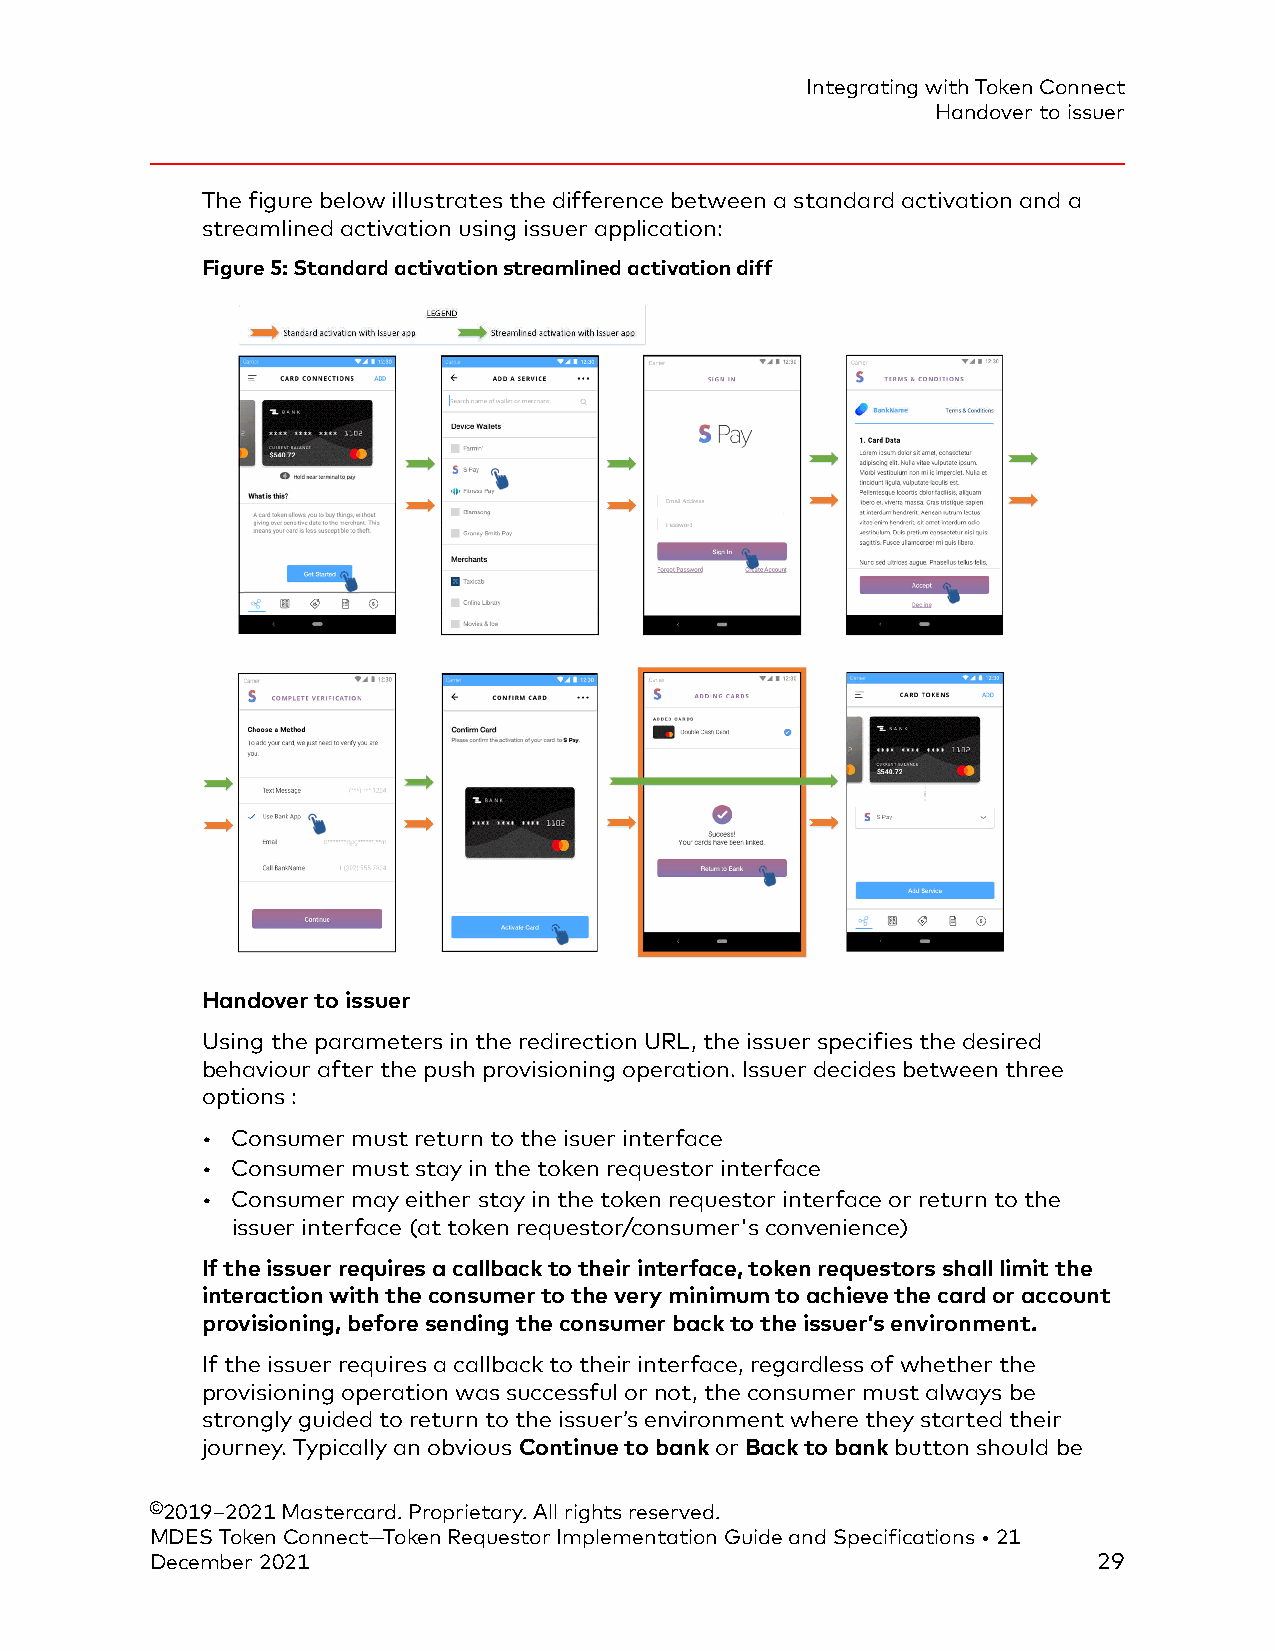
Integrating with Token Connect
 Handover to issuer
 The figure below illustrates the difference between a standard activation and a
 streamlined activation using issuer application:
 Figure 5: Standard activation streamlined activation diff
 Handover to issuer
 Using the parameters in the redirection URL, the issuer specifies the desired
 behaviour after the push provisioning operation. Issuer decides between three
 options :
 • Consumer must return to the isuer interface
 • Consumer must stay in the token requestor interface
 • Consumer may either stay in the token requestor interface or return to the
 issuer interface (at token requestor/consumer's convenience)
 If the issuer requires a callback to their interface, token requestors shall limit the
 interaction with the consumer to the very minimum to achieve the card or account
 provisioning, before sending the consumer back to the issuer’s environment.
 If the issuer requires a callback to their interface, regardless of whether the
 provisioning operation was successful or not, the consumer must always be
 strongly guided to return to the issuer’s environment where they started their
 journey. Typically an obvious Continue to bank or Back to bank button should be
 ©2019–2021 Mastercard. Proprietary. All rights reserved.
 MDES Token Connect—Token Requestor Implementation Guide and Specifications • 21
 December 2021                                                  29